Report of the Municipal Commissioner on the plague in Bombay for the year ending 31st May... - Volume 3
Disease focus: Plague
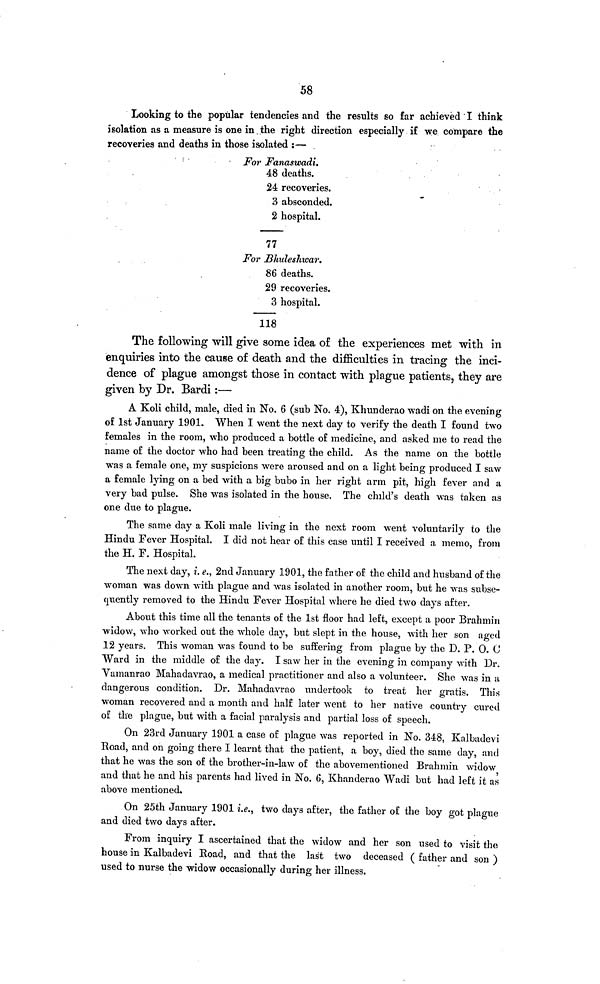
58
Looking to the popular tendencies and the results so far achieved I think
isolation as a measure is one in the right direction especially if we compare the
recoveries and deaths in those isolated :—
For Fanaswadi.
48 deaths.
24 recoveries.
3 absconded.
2 hospital.
77
For Bhuleshwar.
86 deaths.
29 recoveries.
3 hospital.
118
The following will give some idea of the experiences met with in
enquiries into the cause of death and the difficulties in tracing the inci-
dence of plague amongst those in contact with plague patients, they are
given by Dr. Bardi :—
A Koli child, male, died in No. 6 (sub No. 4), Khunderao wadi on the evening
of 1st January 1901. When I went the next day to verify the death I found two
females in the room, who produced a bottle of medicine, and asked me to read the
name of the doctor who had been treating the child. As the name on the bottle
was a female one, my suspicions were aroused and on a light being produced I saw
a female lying on a bed with a big bubo in her right arm pit, high fever and a
very bad pulse. She was isolated in the house. The child's death was taken as
one due to plague.
The same day a Koli male living in the next room went voluntarily to the
Hindu Fever Hospital. I did not hear of this case until I received a memo, from
the H. F. Hospital.
The next day, i. e., 2nd January 1901, the father of the child and husband of the
woman was down with plague and was isolated in another room, but he was subse-
quently removed to the Hindu Fever Hospital where he died two days after.
About this time all the tenants of the 1st floor had left, except a poor Brahmin
widow, who worked out the whole day, but slept in the house, with her son aged
12 years. This woman was found to be suffering from plague by the D. P. O. C
Ward in the middle of the day. I saw her in the evening in company with Dr.
Vamanrao Mahadavrao, a medical practitioner and also a volunteer. She was in a
dangerous condition. Dr. Mahadavrao undertook to treat her gratis. This
woman recovered and a month and half later went to her native country cured
of the plague, but with a facial paralysis and partial loss of speech.
On 23rd January 1901 a case of plague was reported in No. 348, Kalbadevi
Road, and on going there I learnt that the patient, a boy, died the same clay, and
that he was the son of the brother-in-law of the abovementioned Brahmin widow
and that he and his parents had lived in No. 6, Khanderao Wadi but had left it as
above mentioned.
On 25th January 1901 i.e., two days after, the father of the boy got plague
and died two days after.
From inquiry I ascertained that the widow and her son used to visit the
house in Kalbadevi Road, and that the last two deceased ( father and son )
used to nurse the widow occasionally during her illness.